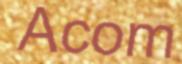
Acom